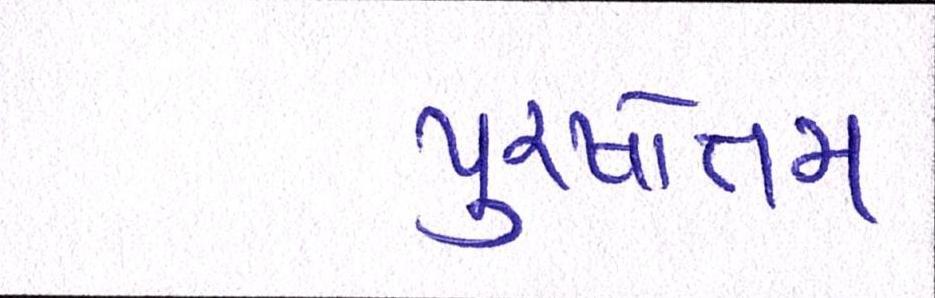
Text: પુરષોત્તમ